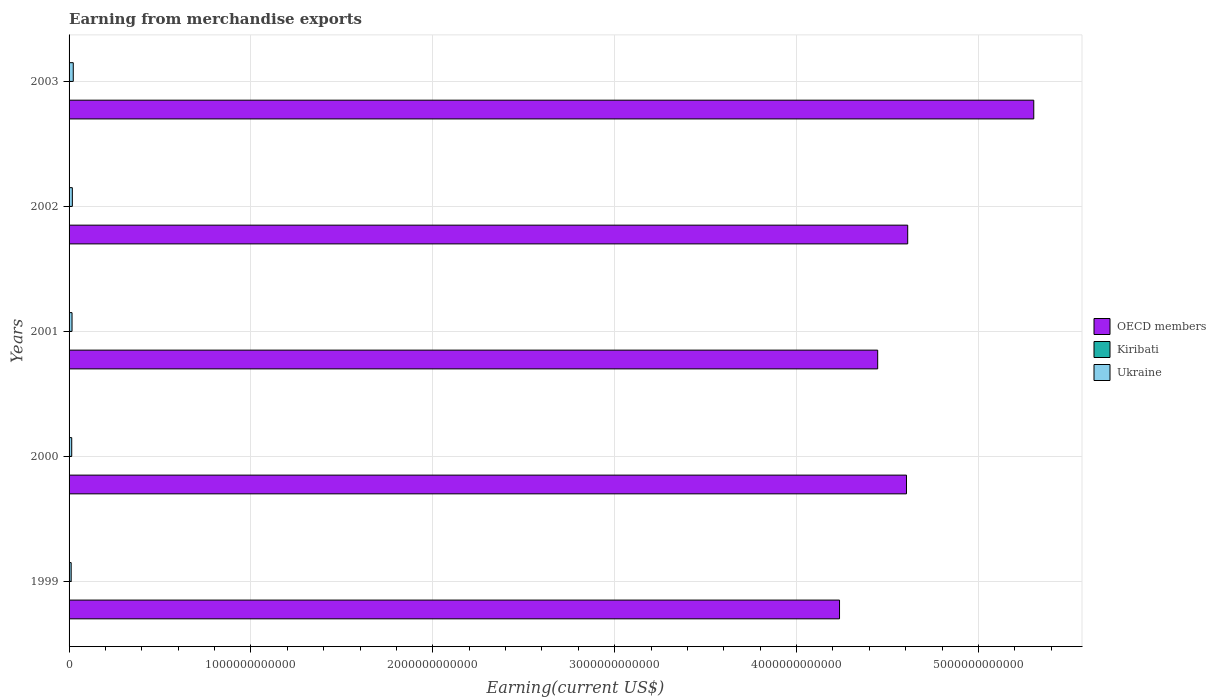
| Years | OECD members | Kiribati | Ukraine |
 | --- | --- | --- | --- |
 | 1999 | 4.24e+12 | 8.76e+06 | 1.16e+10 |
 | 2000 | 4.6e+12 | 3.58e+06 | 1.46e+10 |
 | 2001 | 4.45e+12 | 4.51e+06 | 1.63e+10 |
 | 2002 | 4.61e+12 | 3.44e+06 | 1.8e+10 |
 | 2003 | 5.3e+12 | 2.9e+06 | 2.31e+10 |